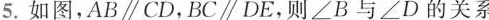
5. 如图，AB\parallel CD，BC\parallel DE，则∠B与∠D的关系